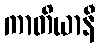
ကာတိယာနီ